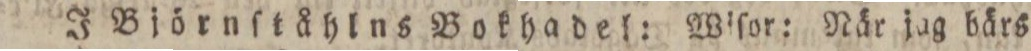
J Björnſtåhlns Bokhadel: Wiſor: När jag bärs